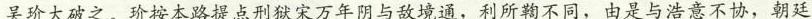
吴玠大破之。玠按本路提点刑狱宋万年阴与敌境通，利所鞫不同，由是与浩意不协，朝廷